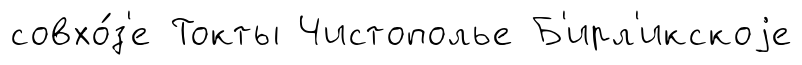
совхо́з'е Токты Чистополье Б'ирл'икскоjе